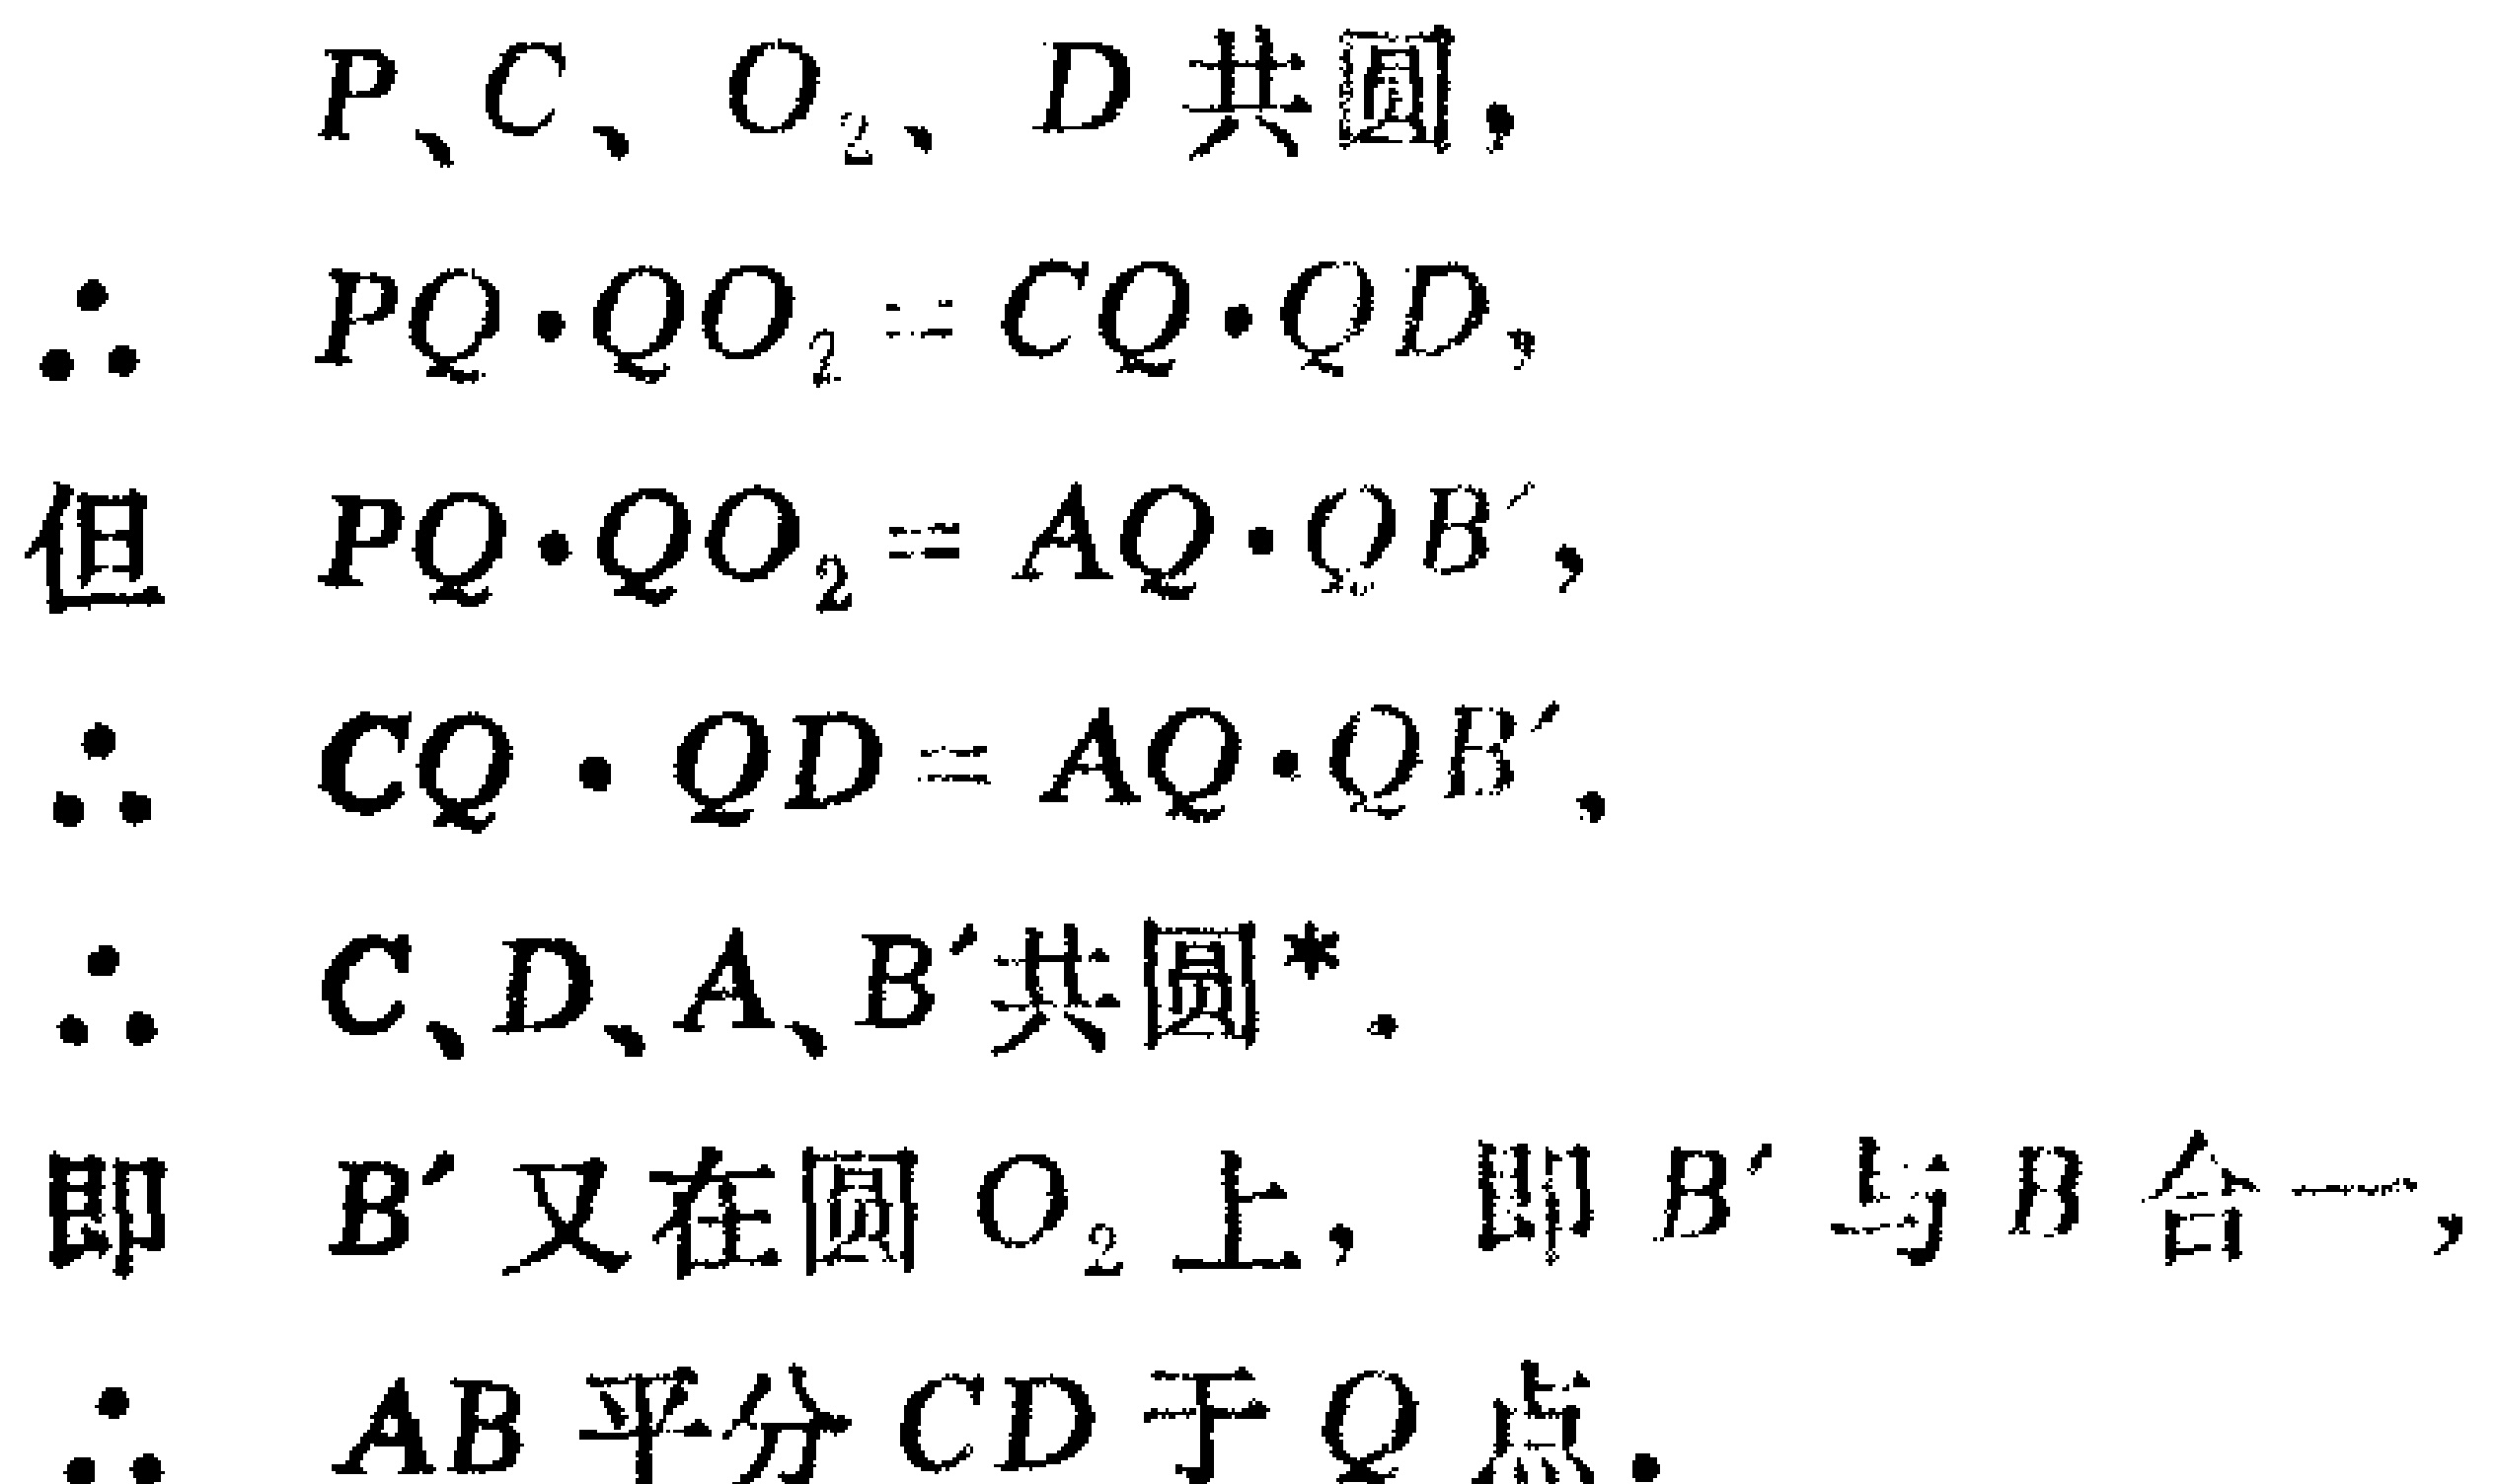
$P、C、O_{2}、D$共圆,
$\therefore PQ\cdot QO_{2}=CQ\cdot QD,$
但 $PQ\cdot QO_{2}=AQ\cdot QB',$
$\therefore CQ\cdot QD = AQ\cdot QB',$
$\therefore C、D、A、B'$共圆*.
即 $B'$又在圆$O_{2}$上, 即$B'$与$B$合一,
$\therefore AB$平分$CD$于$Q$点.